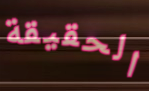
الحقيقة